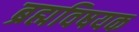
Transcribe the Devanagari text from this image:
ब्रह्मविषयक